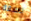
ناسفة